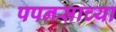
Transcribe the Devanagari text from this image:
पपनसाच्या